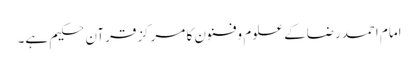
امام احمدرضاکے علوم وفنون کا مرکزقرآنِ حکیم ہے۔